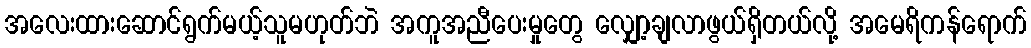
အလေးထားဆောင်ရွက်မယ့်သူမဟုတ်ဘဲ အကူအညီပေးမှုတွေ လျှော့ချလာဖွယ်ရှိတယ်လို့ အမေရိကန်ရောက်